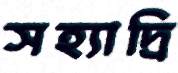
সহ্যাদ্রি